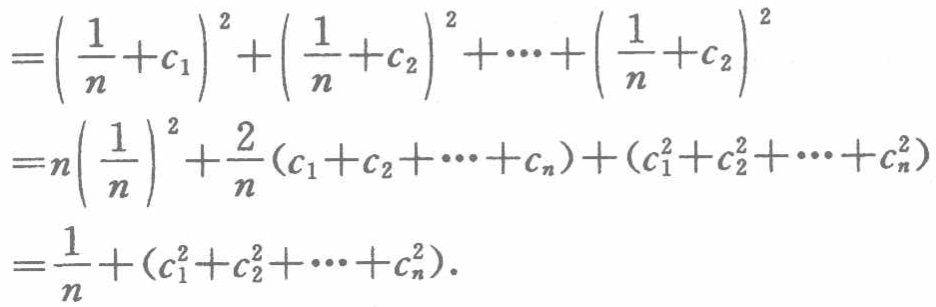
\[
\begin{align*}
&=\left(\frac{1}{n}+c_{1}\right)^{2}+\left(\frac{1}{n}+c_{2}\right)^{2}+\cdots+\left(\frac{1}{n}+c_{2}\right)^{2}\\
&=n\left(\frac{1}{n}\right)^{2}+\frac{2}{n}(c_{1}+c_{2}+\cdots +c_{n})+(c_{1}^{2}+c_{2}^{2}+\cdots +c_{n}^{2})\\
&=\frac{1}{n}+(c_{1}^{2}+c_{2}^{2}+\cdots +c_{n}^{2}).
\end{align*}
\]